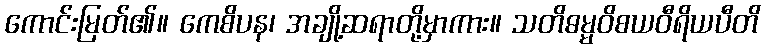
ကောင်းမြတ်၏။ ကေစိပန၊ အချို့ဆရာတို့မှာကား။ သတိဓမ္မဝိစယဝီရိယပီတိ